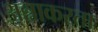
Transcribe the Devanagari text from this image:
अन्नाकरता